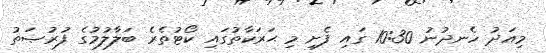
މިއަދު ހެނދުނު 10:30 ގައި ފެށި މި ޙަރަކާތުގައި ކޯޓުތެރެ ބަލާލުމުގެ ފުރުޞަތު